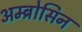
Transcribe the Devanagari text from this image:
अम्ब्रोसिन